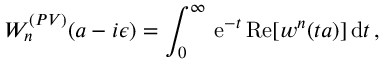
W _ { n } ^ { ( P V ) } ( a - i \epsilon ) = \int _ { 0 } ^ { \infty } \, \mathrm { e } ^ { - t } \, \mathrm { R e } [ w ^ { n } ( t a ) ] \, \mathrm { d } t \, ,